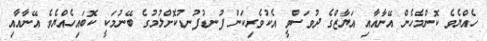
ހެއްޔެވެ ކޮންމެހެން އޭނާއާއި އަޔާޒްގެ ދުވަސްވީ އެކުވެރިކަން ފުނޑުފުނޑުކޮށްލުމުގެ ބޭނުމަކީ ކޮބައިހެއްޔެވެ އޭނާއާއި